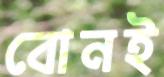
বোনই